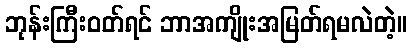
ဘုန်းကြီးဝတ်ရင် ဘာအကျိုးအမြတ်ရမလဲတဲ့။